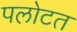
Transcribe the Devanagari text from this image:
पलोटत